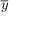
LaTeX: \overline { { y } }